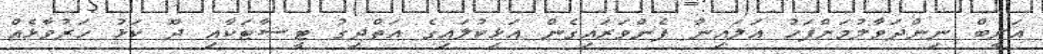
އަރީބް ނިންދަވާލުމަށްފަހު އަލައިނާ ފެންވަރައިގެން އަޅިކުލައިގެ އަތްދިގު ޓީޝާޓަކާއި ދޫ ކަޅު ހަރުވާޅެއް